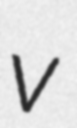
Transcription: v